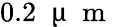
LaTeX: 0.2\; \mathrm{~\textmu~}\mathrm{~m~}